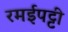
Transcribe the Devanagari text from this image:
रमईपट्टी